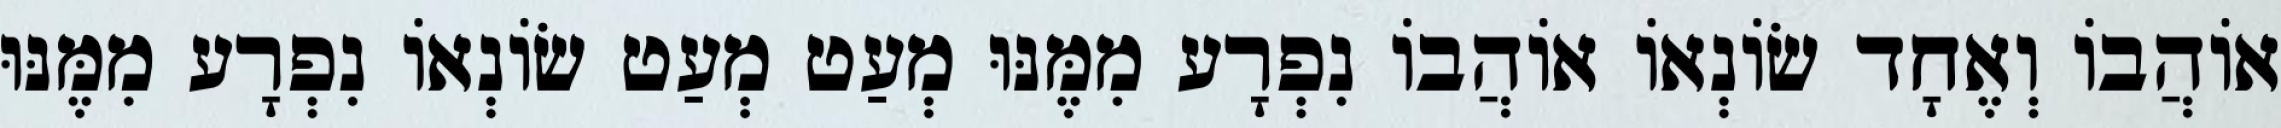
אוֹהֲבוֹ וְאֶחָד שׂוֹנְאוֹ אוֹהֲבוֹ נִפְרָע מִמֶּנּוּ מְעַט מְעַט שׂוֹנְאוֹ נִפְרָע מִמֶּנּוּ